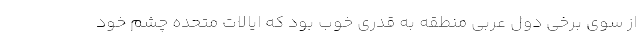
از سوی برخی دول عربی منطقه به قدری خوب بود که ایالات متحده چشم خود